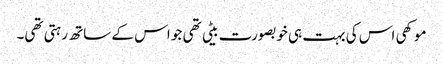
موکھی اس کی بہت ہی خوبصورت بیٹی تھی جو اس کے ساتھ رہتی تھی۔